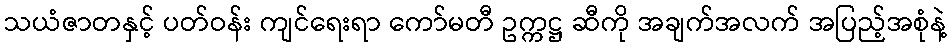
သယံဇာတနှင့် ပတ်ဝန်း ကျင်ရေးရာ ကော်မတီ ဥက္ကဋ္ဌ ဆီကို အချက်အလက် အပြည့်အစုံနဲ့